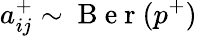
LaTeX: a_{ij}^{+}\sim\mathrm{~B~e~r~}(p^{+})